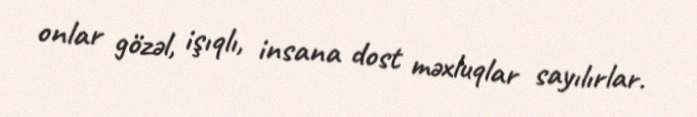
onlar gözəl, işıqlı, insana dost məxluqlar sayılırlar.